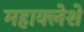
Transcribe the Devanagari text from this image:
महाक्लेशे